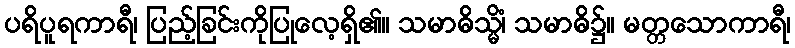
ပရိပူရကာရီ၊ ပြည့်ခြင်းကိုပြုလေ့ရှိ၏။ သမာဓိသ္မိံ၊ သမာဓိ၌။ မတ္တသောကာရီ၊